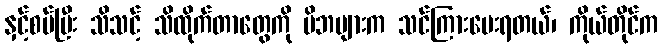
နှင့်စပ်ပြီး သိသင့် သိထိုက်တာတွေကို မိဘများက သင်ကြားပေးရတယ်၊ ကိုယ်တိုင်က